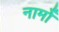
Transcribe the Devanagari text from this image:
नामोँ